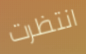
انتظرت